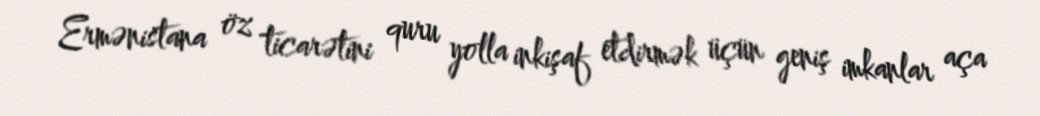
Ermənistana öz ticarətini quru yolla inkişaf etdirmək üçün geniş imkanlar aça